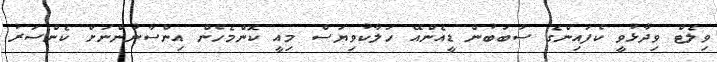
ވިލެޓް ވިދާޅުވީ ކެފައިންގެ ސަބަބުން ޑީއެންއޭ ހަލާކުވިޔަސް މިއީ ކޮންމެހެން އިންސާނުންނަށް ކެންސަރު